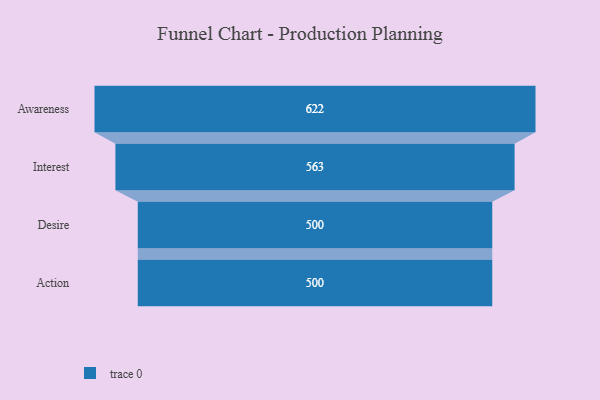
{"axis": {"x": "Stage", "y": "Value"}, "legend": [""], "data": [{"x": "Awareness", "y": 622.0, "type": ""}, {"x": "Interest", "y": 563.0, "type": ""}, {"x": "Desire", "y": 500.0, "type": ""}, {"x": "Action", "y": 500, "type": ""}]}